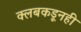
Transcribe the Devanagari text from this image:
क्लबकडूनही